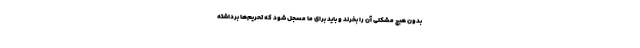
بدون هیچ مشکلی آن را بخرند و باید برای ما مسجل شود که تحریم‌ها برداشته